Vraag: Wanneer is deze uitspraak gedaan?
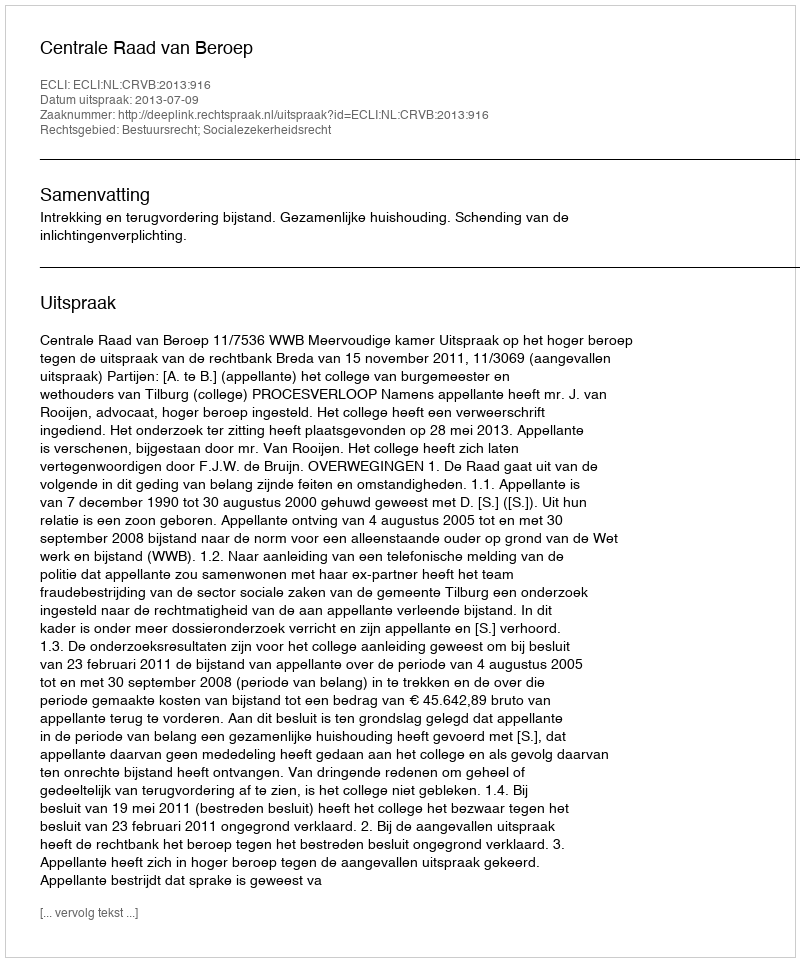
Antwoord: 2013-07-09